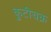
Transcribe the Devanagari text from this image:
कुटीचक्र